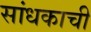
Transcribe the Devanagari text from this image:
सांधकाची